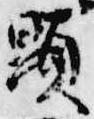
顕